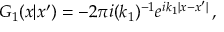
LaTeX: { \cal G } _ { 1 } ( x | x ^ { \prime } ) = - 2 \pi i ( k _ { 1 } ) ^ { - 1 } e ^ { i k _ { 1 } | x - x ^ { \prime } | } \, ,